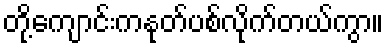
တို့ကျောင်းကနုတ်ပစ်လိုက်တယ်ကွာ။